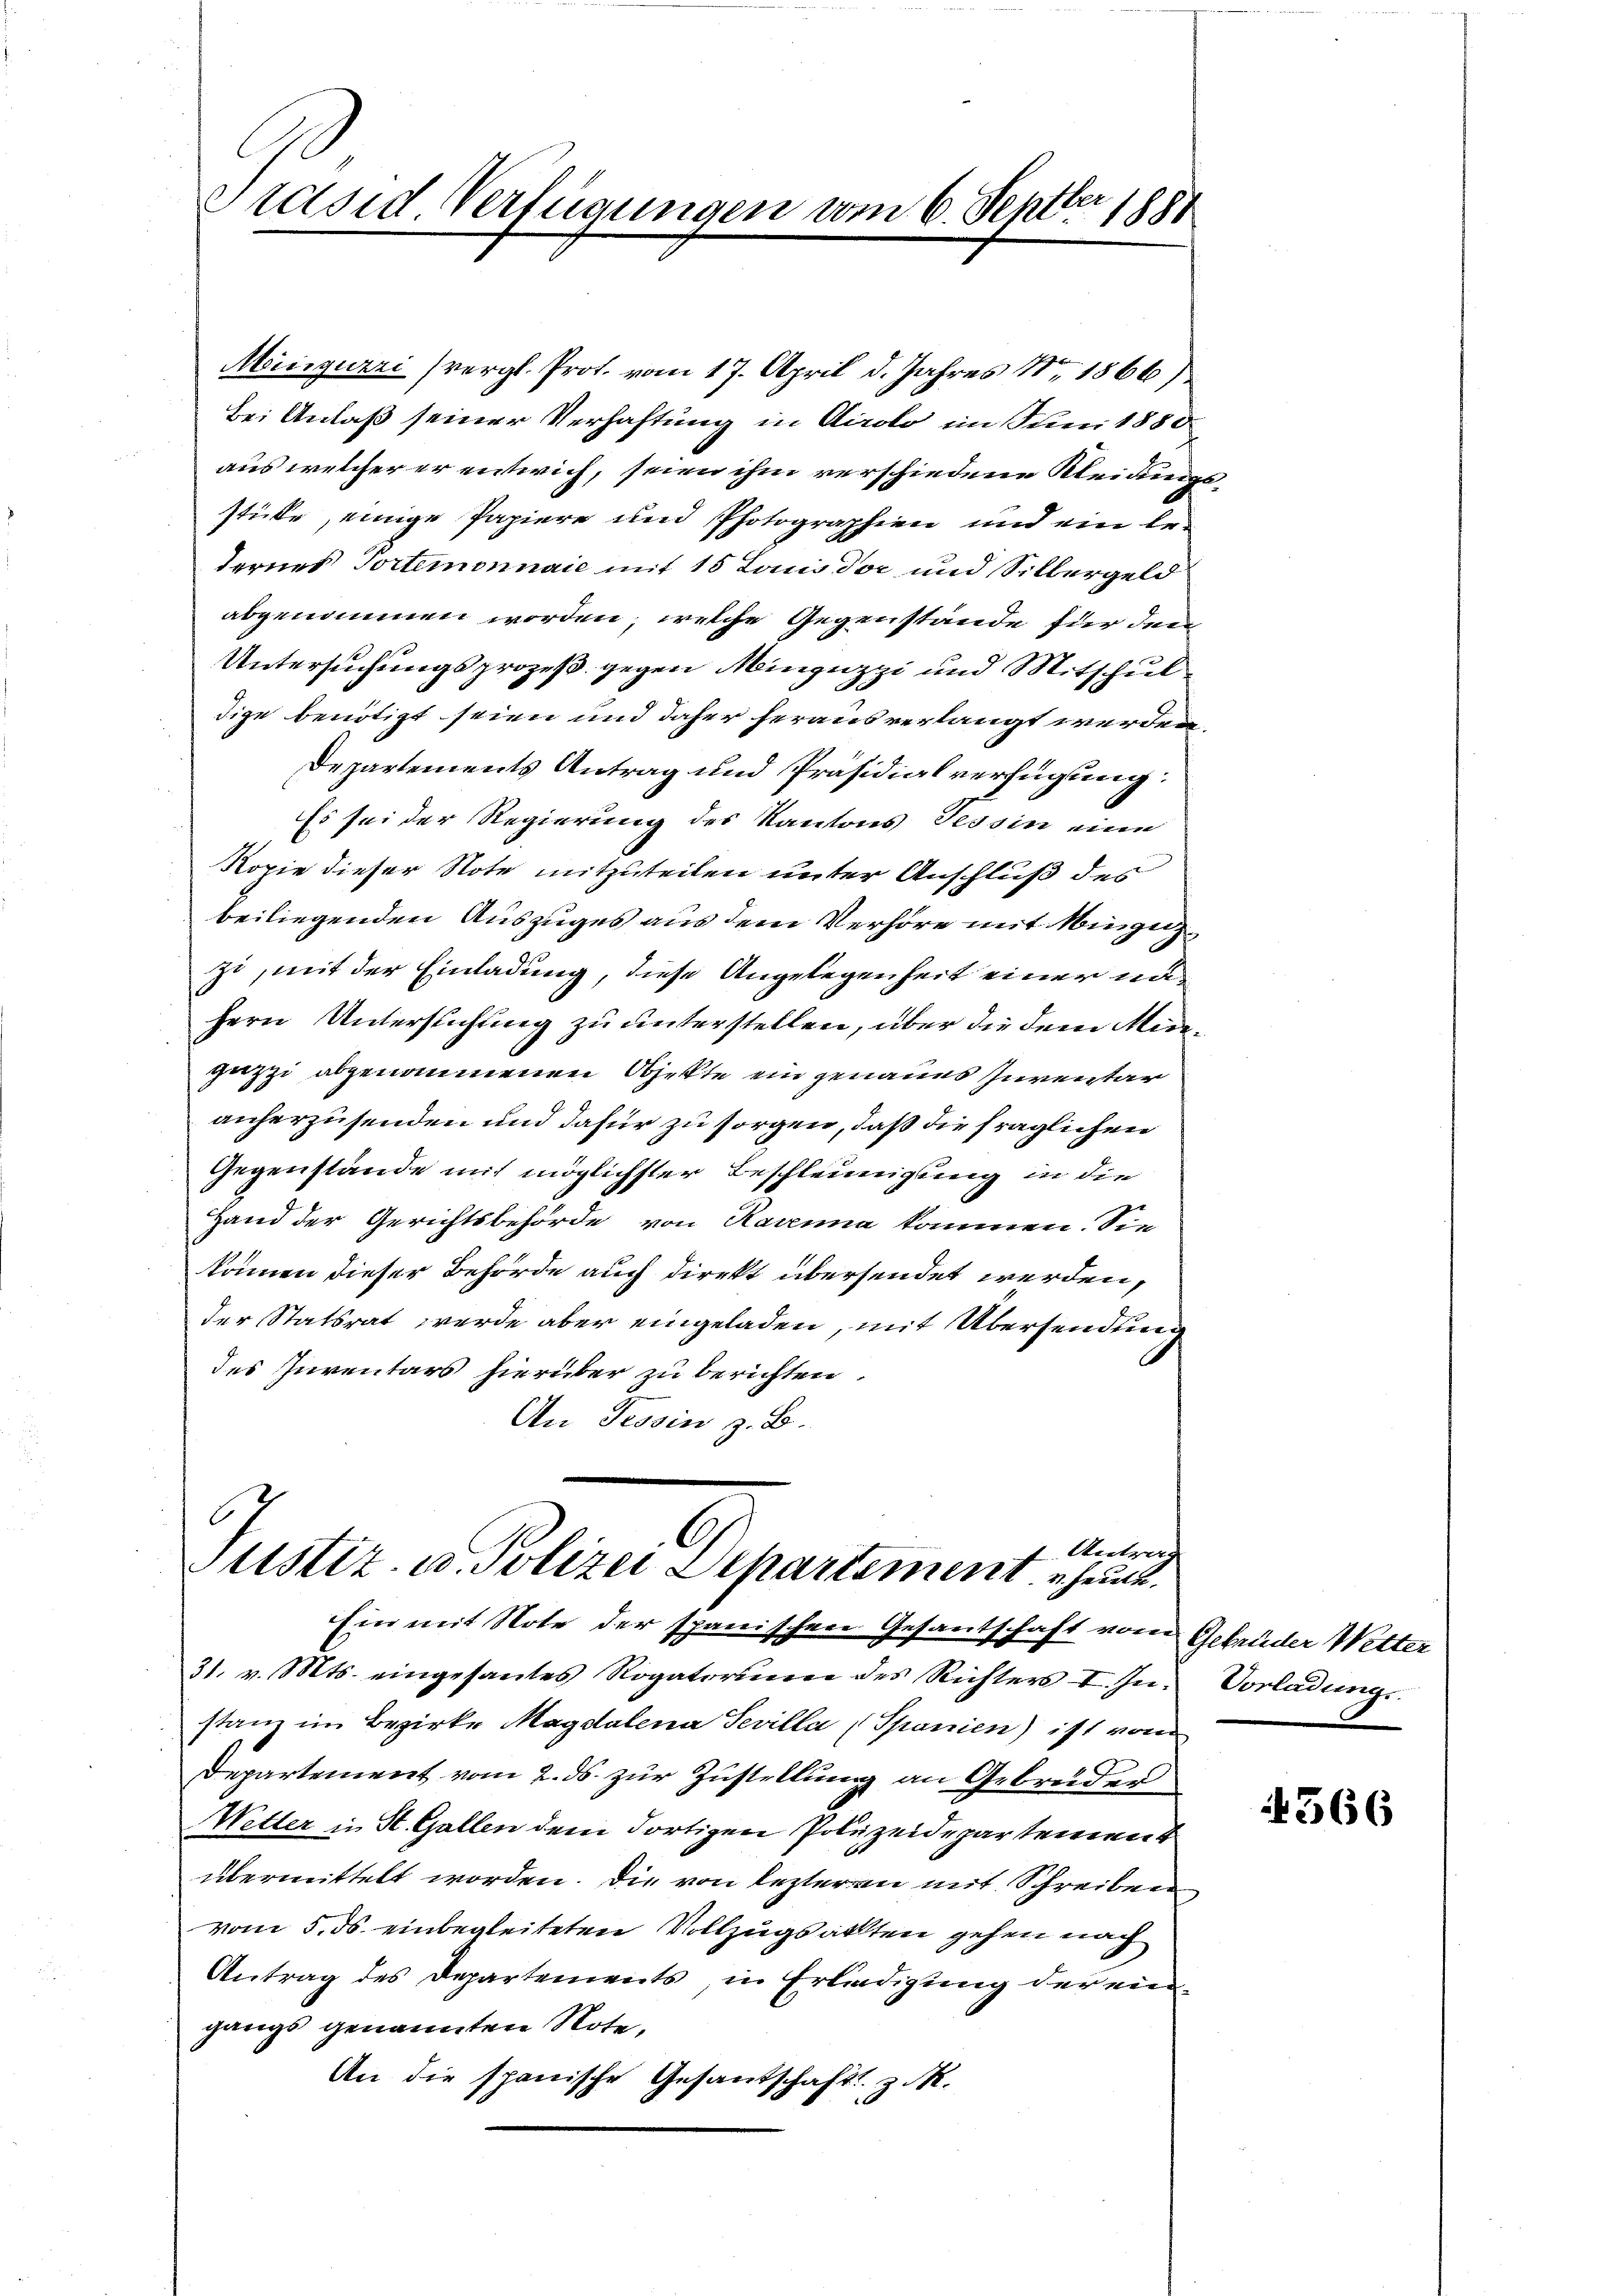
Präsid Verfügungen vom 6. Septer 1881

Miiiguzri (vergl. Prot. vom 17. April d. Jahres Nr. 1866)
Bei Anlaß seiner Verhaftung in Airolo im Juni 1880
aus welcher er entwich, seien ihm verschiedene Kleidungsstücke, einige Papiere und Photographien und ein be-
dernes Tortemonnaie mit 15 Louis dor und Silbergeld
abgenommen worden, welche Gegenstände für den
Untersuchungsprozeß gegen Minzuzzi und Mitschul
dige benötigt seien und daher heraus verlangt werden,
Departements Antrag und Präsidialverfügung:
Es sei der Regierung des Kantons Tessin eine
Kopie dieser Note mitzuteilen unter Anschluß des
beiliegenden Auszuges aus dem Verhöre mit Hinzuzzi, mit der Einladung, diese Angelegenheit einer un¬
Hern Untersuchung zu unterstellen, über die dem Mideguzzi abgenommenen Objekte ein genaues Inventar
anherzusenden und dafür zu sorgen, daß die fraglichen
Gegenstände mit möglichster Beschleunigung in die
Hand der Gerichtsbehörde von Rauma kommen. Sie
können dieser Behörde auch direkt übersendet werden,
der Statsrat werde aber eingeladen, mit Übersendung
des Inventars hierüber zu berichten.
An Tessin z. B.
2. Antrag
Justiz u. Polizei Departement heut.

Ein mit Note der spanischen Gesantschaft vom Gebrüder Wetter

31. v. Mts. eingesantes Rogatorium des Richters I. In Vorladungs-
stanz im Bezirke Magdalena Sevilla (Spanien) ist vom
Departement vom 2. ds. zur Zustellung an Gebrüder
Wetter in St. Gallen dem dortigen Polizeidepartement
übermittelt worden. Die von lezteren mit Schreiben
vom 5. ds. einbegleiteten Vollzugsakten gehen nach
Antrag des Departements, in Erledigung der eingangs genannten Note,
An die spanische Gesandschaft z. B.

4566